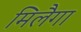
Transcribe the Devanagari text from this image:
मिलैगा